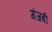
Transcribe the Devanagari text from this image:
गंजबी